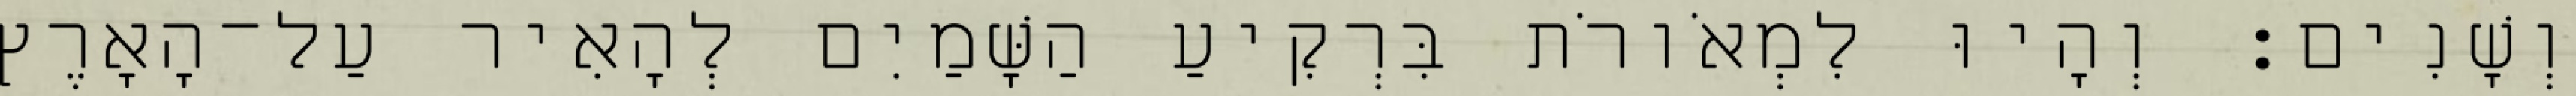
וְשָׁנִים׃ וְהָיוּ לִמְאֹורֹת בִּרְקִיעַ הַשָּׁמַיִם לְהָאִיר עַל־הָאָרֶץ